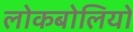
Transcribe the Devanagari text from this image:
लोकबोलियों